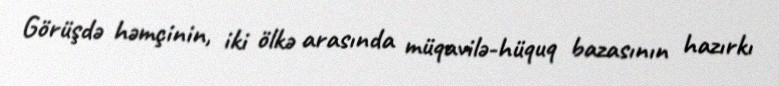
Görüşdə həmçinin, iki ölkə arasında müqavilə-hüquq bazasının hazırkı